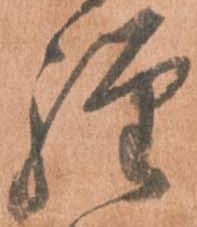
弾